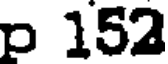
p 152